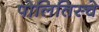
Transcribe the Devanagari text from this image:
पोलितिस्चे